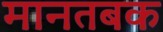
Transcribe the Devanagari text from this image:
मानतबक